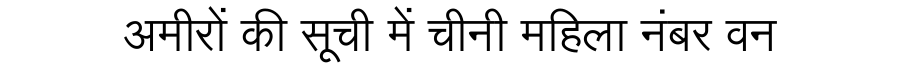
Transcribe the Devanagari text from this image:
अमीरों की सूची में चीनी महिला नंबर वन